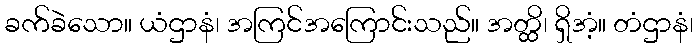
ခက်ခဲသော။ ယံဌာနံ၊ အကြင်အကြောင်းသည်။ အတ္ထိ၊ ရှိအံ့။ တံဌာနံ၊